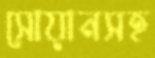
সোয়ানসহ